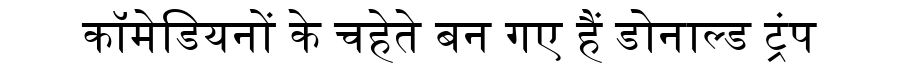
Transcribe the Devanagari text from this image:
कॉमेडियनों के चहेते बन गए हैं डोनाल्ड ट्रंप